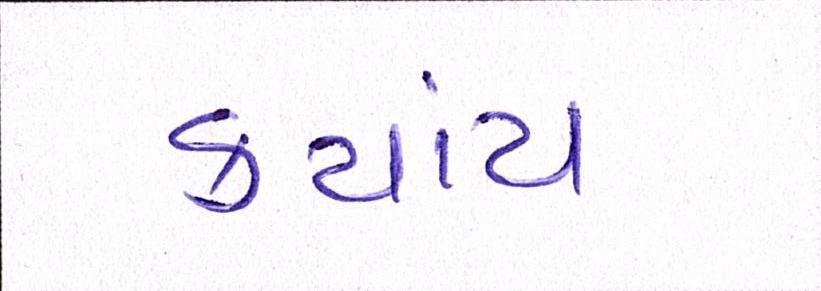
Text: કયાંય